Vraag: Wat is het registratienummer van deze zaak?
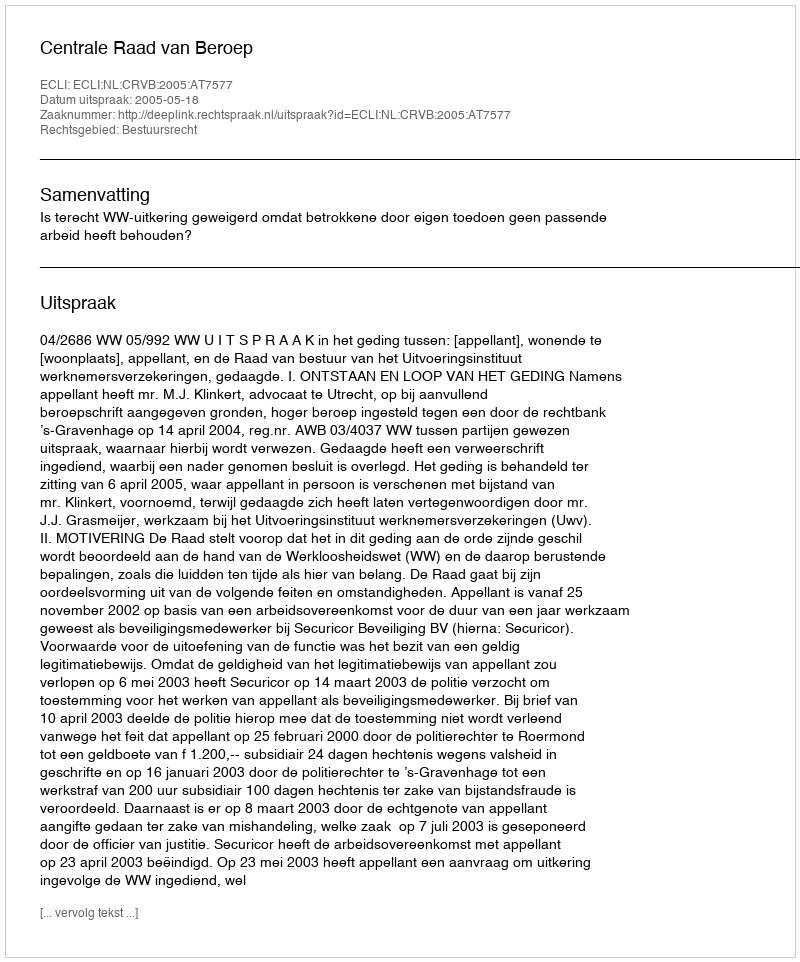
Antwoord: http://deeplink.rechtspraak.nl/uitspraak?id=ECLI:NL:CRVB:2005:AT7577